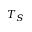
T _ { S }